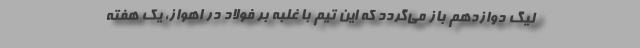
لیگ دوازدهم باز می‌گردد که این تیم با غلبه بر فولاد در اهواز، یک هفته